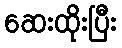
ဆေးထိုးပြီး